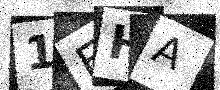
Text: 1EHA